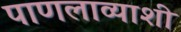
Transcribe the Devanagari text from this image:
पाणलाव्याशी